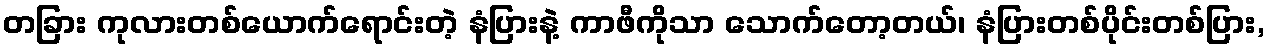
တခြား ကုလားတစ်ယောက်ရောင်းတဲ့ နံပြားနဲ့ ကာဖီကိုသာ သောက်တော့တယ်၊ နံပြားတစ်ပိုင်းတစ်ပြား,